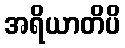
အရိယာတိပိ